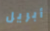
أبريل